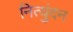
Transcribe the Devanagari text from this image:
नित्युंदन